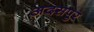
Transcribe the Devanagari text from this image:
अदसपुर